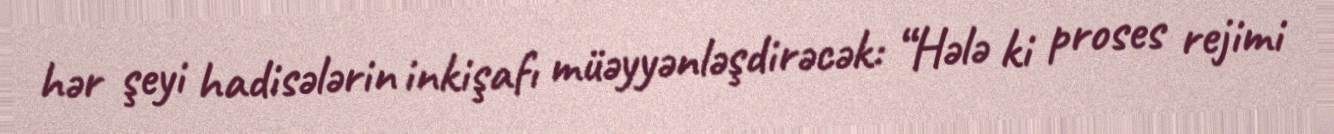
hər şeyi hadisələrin inkişafı müəyyənləşdirəcək: “Hələ ki proses rejimi